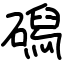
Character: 磶